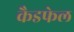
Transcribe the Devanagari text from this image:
कैडफेल